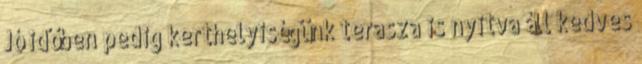
Jó időben pedig kerthelyiségünk terasza is nyitva áll kedves